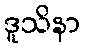
ဒူသိနာ